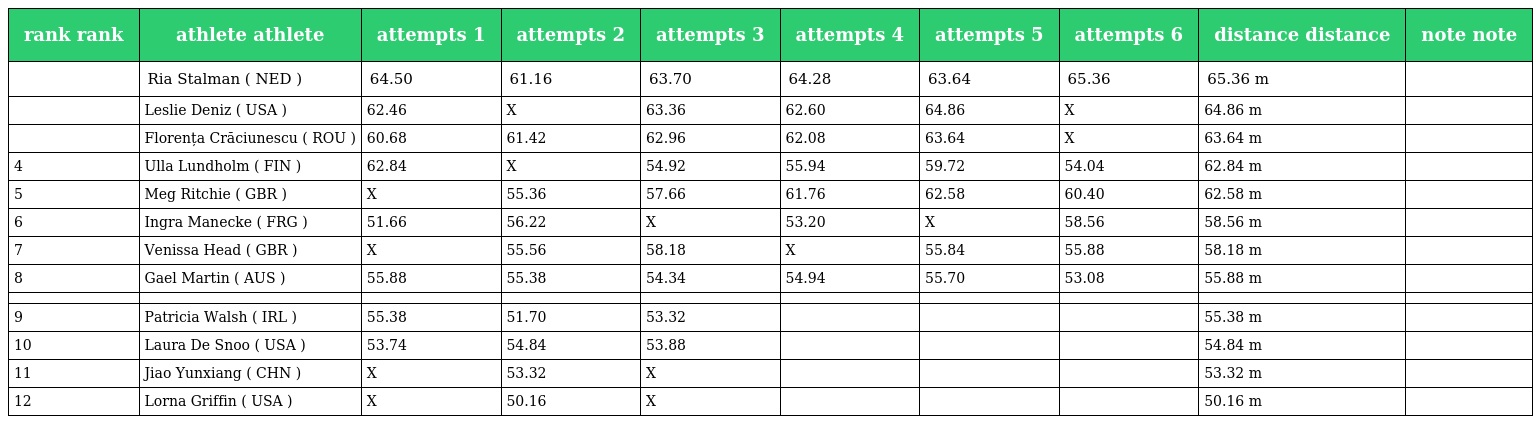
| rank rank | athlete athlete | attempts 1 | attempts 2 | attempts 3 | attempts 4 | attempts 5 | attempts 6 | distance distance | note note |
 | --- | --- | --- | --- | --- | --- | --- | --- | --- | --- |
 |  | Ria Stalman ( NED ) | 64.50 | 61.16 | 63.70 | 64.28 | 63.64 | 65.36 | 65.36 m |  |
 |  | Leslie Deniz ( USA ) | 62.46 | X | 63.36 | 62.60 | 64.86 | X | 64.86 m |  |
 |  | Florența Crăciunescu ( ROU ) | 60.68 | 61.42 | 62.96 | 62.08 | 63.64 | X | 63.64 m |  |
 | 4 | Ulla Lundholm ( FIN ) | 62.84 | X | 54.92 | 55.94 | 59.72 | 54.04 | 62.84 m |  |
 | 5 | Meg Ritchie ( GBR ) | X | 55.36 | 57.66 | 61.76 | 62.58 | 60.40 | 62.58 m |  |
 | 6 | Ingra Manecke ( FRG ) | 51.66 | 56.22 | X | 53.20 | X | 58.56 | 58.56 m |  |
 | 7 | Venissa Head ( GBR ) | X | 55.56 | 58.18 | X | 55.84 | 55.88 | 58.18 m |  |
 | 8 | Gael Martin ( AUS ) | 55.88 | 55.38 | 54.34 | 54.94 | 55.70 | 53.08 | 55.88 m |  |
 |  |  |  |  |  |  |  |  |  |  |
 | 9 | Patricia Walsh ( IRL ) | 55.38 | 51.70 | 53.32 |  |  |  | 55.38 m |  |
 | 10 | Laura De Snoo ( USA ) | 53.74 | 54.84 | 53.88 |  |  |  | 54.84 m |  |
 | 11 | Jiao Yunxiang ( CHN ) | X | 53.32 | X |  |  |  | 53.32 m |  |
 | 12 | Lorna Griffin ( USA ) | X | 50.16 | X |  |  |  | 50.16 m |  |